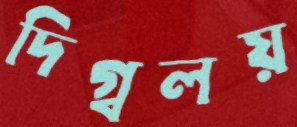
দিগ্বলয়